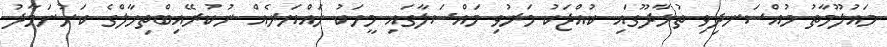
މައުލޫމާތު މުއްސަނދިވި ތުޅާދޫގައި ކުއްޖަކު މަރުވި މައްސަލާގައި މީހަކު ހައްޔަރެއް ނުކުރޭއިބްތިހާލްގެ ކަށުނަމާދު